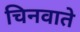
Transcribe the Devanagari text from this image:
चिनवाते